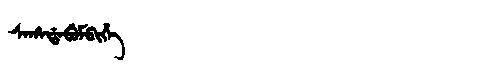
Manchu: ᠰᠠᡥᠠᡩᠠᠪᡠᠮᠪᡳᡥᡝ
Romanization: SAHADABUMBIHE